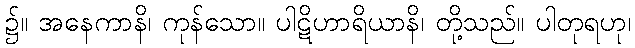
၌။ အနေကာနိ၊ ကုန်သော။ ပါဋိဟာရိယာနိ၊ တို့သည်။ ပါတုရဟု၊